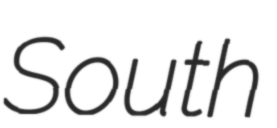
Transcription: South